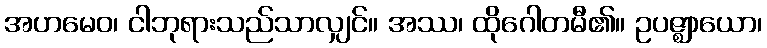
အဟမေဝ၊ ငါဘုရားသည်သာလျှင်။ အဿ၊ ထိုဂေါတမီ၏။ ဥပဇ္ဈာယော၊